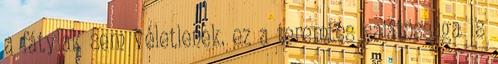
a fátylak sem véletlenek. ez a teremtés sajátossága is